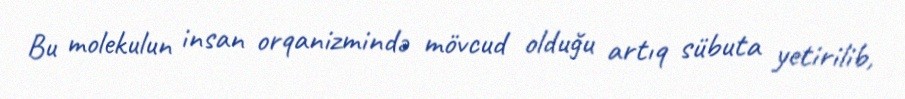
Bu molekulun insan orqanizmində mövcud olduğu artıq sübuta yetirilib,